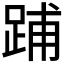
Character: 𨁏